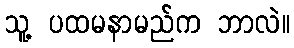
သူ့ ပထမနာမည်က ဘာလဲ။